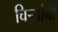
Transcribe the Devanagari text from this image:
चिर्‍यांनी